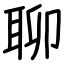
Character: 聊